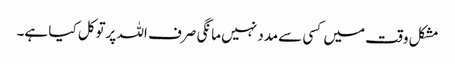
مشکل وقت میں کسی سےمدد نہیں مانگی صرف اللہ پرتوکل کیا ہے۔